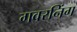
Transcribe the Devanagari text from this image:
गवरनिंग